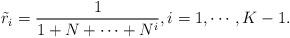
LaTeX: \begin{align*}\tilde{r}_i=\frac{1}{1+N+\cdots+N^i}, i=1,\cdots,K-1. \end{align*}